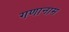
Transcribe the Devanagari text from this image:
गणानाम